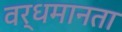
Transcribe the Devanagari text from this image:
वर्धमानता